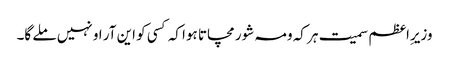
وزیرِاعظم سمیت ہر کہ ومہ شور مچاتا ہوا کہ کسی کو این آر او نہیں ملے گا۔